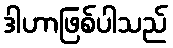
ဒါဟာဖြစ်ပါသည်